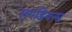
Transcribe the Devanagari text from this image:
लगडियन्स